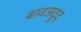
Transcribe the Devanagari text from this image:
बावजदूद